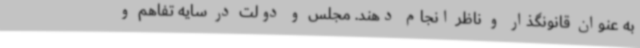
به عنوان قانونگذار و ناظر انجام دهند. مجلس و دولت در سایه تفاهم و